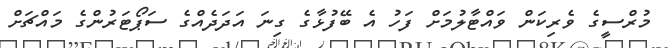
މުރްސީގެ ވެރިކަން ވައްޓާލުމަށް ފަހު އެ ބޭފުޅާގެ ގިނަ އަދަދެއްގެ ސަޕޯޓަރުންގެ މައްޗަށް